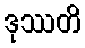
ဒုဿတိ